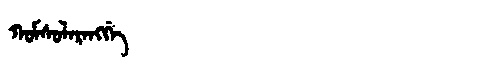
Manchu: ᡴᠣᠮᠰᠣᠯᠠᡵᠠᠩᡤᡝ
Romanization: KOMSOLARANGGE